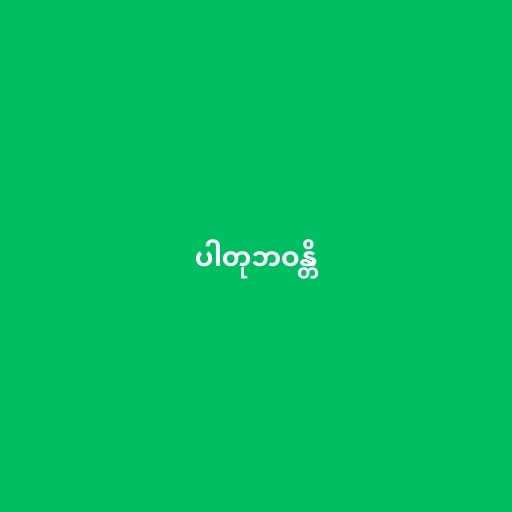
ပါတုဘဝန္တိ